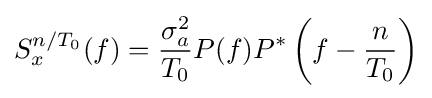
S_{x}^{n/T_{0}}(f)={\frac {\sigma _{a}^{2}}{T_{0}}}P(f)P^{*}\left(f-{\frac {n}{T_{0}}}\right)